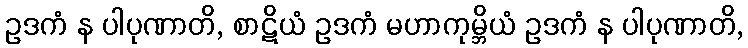
ဥဒကံ န ပါပုဏာတိ, စာဋိယံ ဥဒကံ မဟာကုမ္ဘိယံ ဥဒကံ န ပါပုဏာတိ,